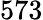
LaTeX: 573